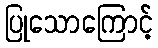
ပြုသောကြောင့်